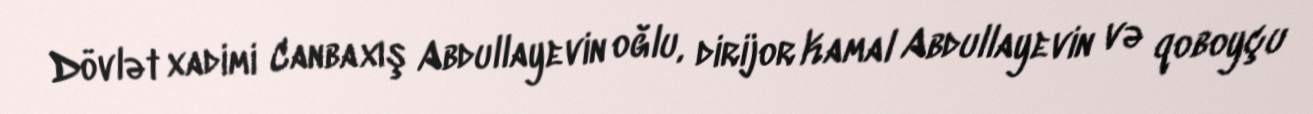
Dövlət xadimi Canbaxış Abdullayevin oğlu, dirijor Kamal Abdullayevin və qoboyçu